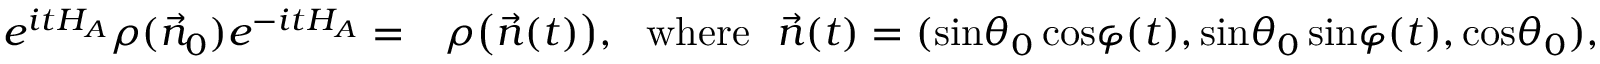
\begin{array} { r l } { e ^ { i t H _ { A } } \rho ( \vec { n } _ { 0 } ) e ^ { - i t H _ { A } } = } & { \rho \big ( \vec { n } ( t ) \big ) , \, \, \mathrm { ~ w h e r e ~ } \, \, \vec { n } ( t ) = ( \mathrm { s i n } \theta _ { 0 } \, \mathrm { c o s } \varphi ( t ) , \mathrm { s i n } \theta _ { 0 } \, \mathrm { s i n } \varphi ( t ) , \mathrm { c o s } \theta _ { 0 } ) , } \end{array}